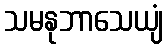
သမနုဘာသေယျံ